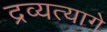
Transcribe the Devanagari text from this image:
द्रव्यत्यागे